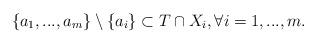
LaTeX: \begin{align*}\{a_{1},...,a_{m}\}\setminus \{a_i\} \subset T\cap X_{i}, \forall i=1,...,m.\end{align*}